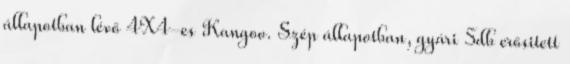
állapotban lévő 4X4-es Kangoo. Szép állapotban, gyári 5db erősitett